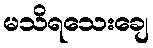
မသိရသေးချေ